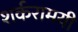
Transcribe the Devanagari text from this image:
शर्करामयी